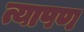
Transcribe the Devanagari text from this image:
त्यापण